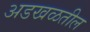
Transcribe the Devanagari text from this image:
अडखळतील